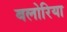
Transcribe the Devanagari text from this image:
बलोरिया